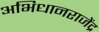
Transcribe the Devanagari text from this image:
अभिधानराजेंद्र